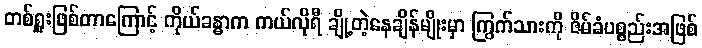
တစ်ရှူးဖြစ်တာကြောင့် ကိုယ်ခန္ဓာက ကယ်လိုရီ ချို့တဲ့နေချိန်မျိုးမှာ ကြွက်သားကို ဇိမ်ခံပစ္စည်းအဖြစ်